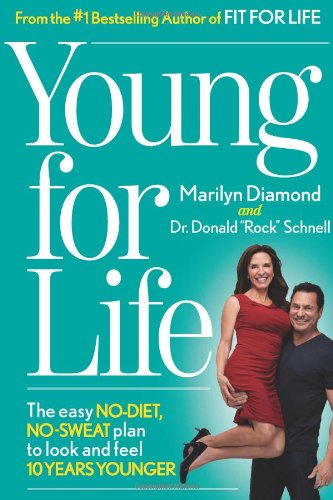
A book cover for Young For Life: The Easy No-Diet, No-Sweat Plan to Look and Feel 10 Years Younger; Marilyn Diamond; Medical Books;